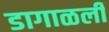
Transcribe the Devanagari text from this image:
डागाळली